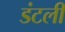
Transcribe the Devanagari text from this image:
डंटली